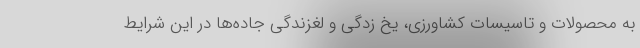
به محصولات و تاسیسات کشاورزی، یخ زدگی و لغزندگی جاده‌ها در این شرایط